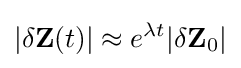
|\delta \mathbf {Z} (t)|\approx e^{\lambda t}|\delta \mathbf {Z} _{0}|